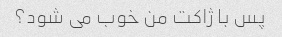
پس با ژاکت من خوب می شود؟